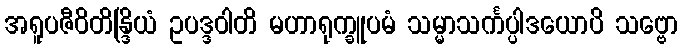
အရူပဇီဝိတိန္ဒြိယံ ဥပဒ္ဒဝါတိ မဟာရုက္ခူပမံ သမ္မာသင်္ကပ္ပါဒယောပိ သဗ္ဗော